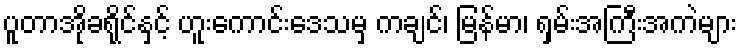
ပူတာအိုခရိုင်နှင့် ဟူးကောင်းဒေသမှ ကချင်၊ မြန်မာ၊ ရှမ်းအကြီးအကဲများ